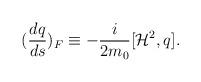
LaTeX: \begin{align*}(\frac{dq}{ds})_F\equiv-\frac{i}{2m_0}[{\cal H}^2,q].\end{align*}